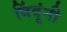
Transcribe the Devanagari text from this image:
बिंदूंनी